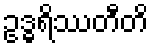
ဥဒ္ဓရိဿတီတိ